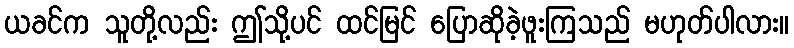
ယခင်က သူတို့လည်း ဤသို့ပင် ထင်မြင် ပြောဆိုခဲ့ဖူးကြသည် မဟုတ်ပါလား။